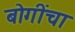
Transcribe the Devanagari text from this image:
बोगींचा